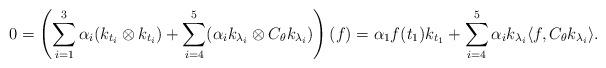
LaTeX: \begin{align*} 0=\left(\sum_{i=1}^3 \alpha_i (k_{t_i} \otimes k_{t_i}) + \sum_{i=4}^5 (\alpha_i k_{\lambda_i} \otimes C_{\theta} k_{\lambda_i}) \right) (f) = {\alpha_1} f(t_1) k_{t_1} + \sum_{i=4}^5 {\alpha_i} k_{\lambda_i} \langle f, C_{\theta} k_{\lambda_i} \rangle .\end{align*}